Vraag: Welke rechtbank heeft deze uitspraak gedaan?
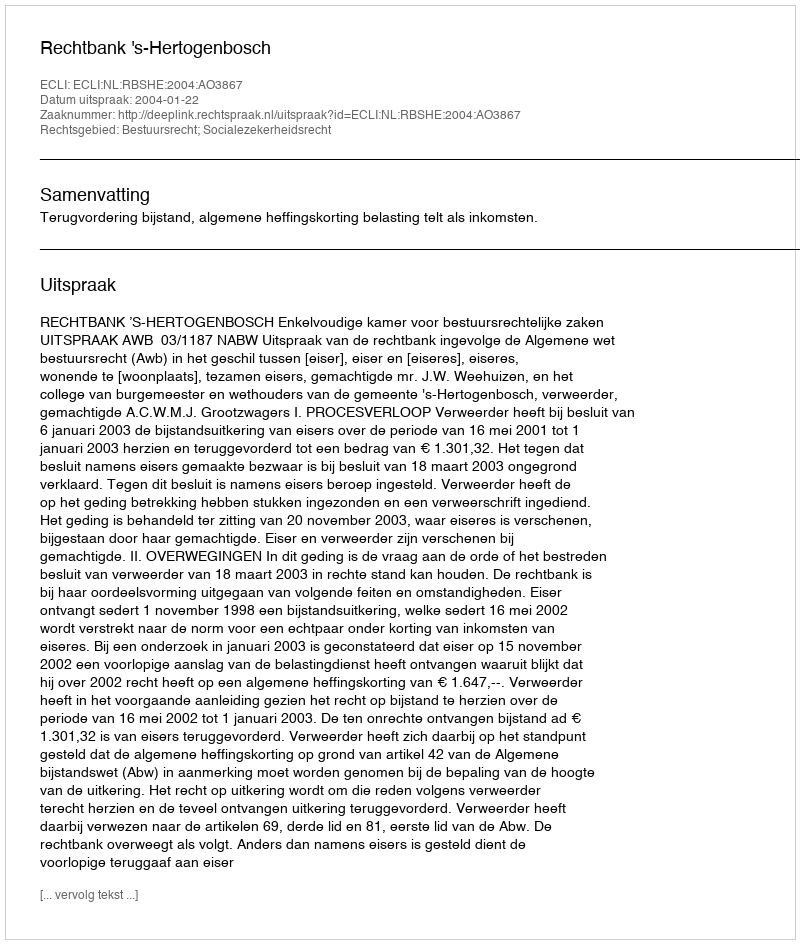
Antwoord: Rechtbank 's-Hertogenbosch